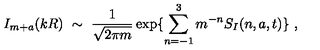
I _ { m + a } ( k R ) \ \sim \ \frac { 1 } { \sqrt { 2 \pi m } } \exp \{ \sum _ { n = - 1 } ^ { 3 } m ^ { - n } S _ { I } ( n , a , t ) \} \ ,